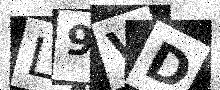
Text: L9VD